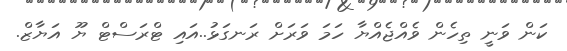
ކަން ވަނީ ތިހެން ވެއްޖެއްޔާ ހަމަ ވަރަށް ރަނގަޅު..އައި ޓްރަސްޓް ޔޫ އަޔާޒް.